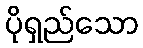
ပိုရှည်သော